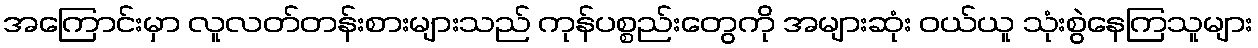
အကြောင်းမှာ လူလတ်တန်းစားများသည် ကုန်ပစ္စည်းတွေကို အများဆုံး ဝယ်ယူ သုံးစွဲနေကြသူများ